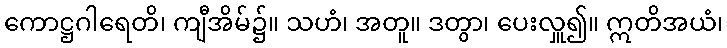
ကောဋ္ဌဂါရေတိ၊ ကျီအိမ်၌။ သဟံ၊ အတူ။ ဒတွာ၊ ပေးလှူ၍။ ဣတိအယံ၊